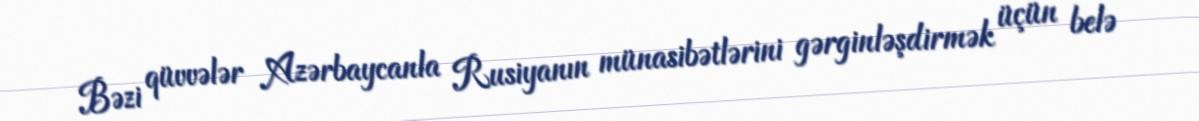
Bəzi qüvvələr Azərbaycanla Rusiyanın münasibətlərini gərginləşdirmək üçün belə